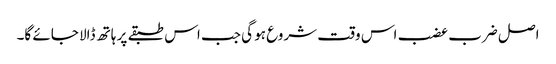
اصل ضرب عضب اس وقت شروع ہو گی جب اس طبقے پر ہاتھ ڈالا جائے گا۔